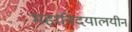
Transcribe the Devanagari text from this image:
महाविदयालयीन